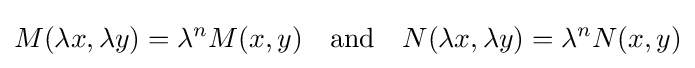
M(\lambda x,\lambda y)=\lambda ^{n}M(x,y)\quad {\text{and}}\quad N(\lambda x,\lambda y)=\lambda ^{n}N(x,y)